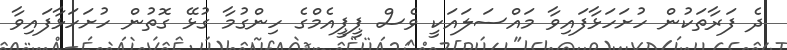
ދެ ފަރާތަކުން ހުށަހަޅާފައިވާ މައްސަލައަކީ ވެސް ޕީޕީއެމްގެ ހިންގުމާ ގުޅޭ ގޮތުން ހުށަހަޅާފައިވާ